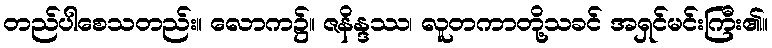
တည်ပါစေသတည်း။ လောက၌။ ဇနိန္ဒဿ၊ လူတကာတို့သခင် အရှင်မင်းကြီး၏။